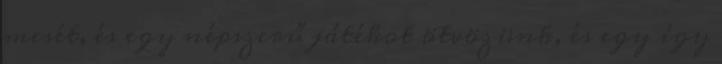
mesét, és egy népszerű játékot ötvözünk, és egy így